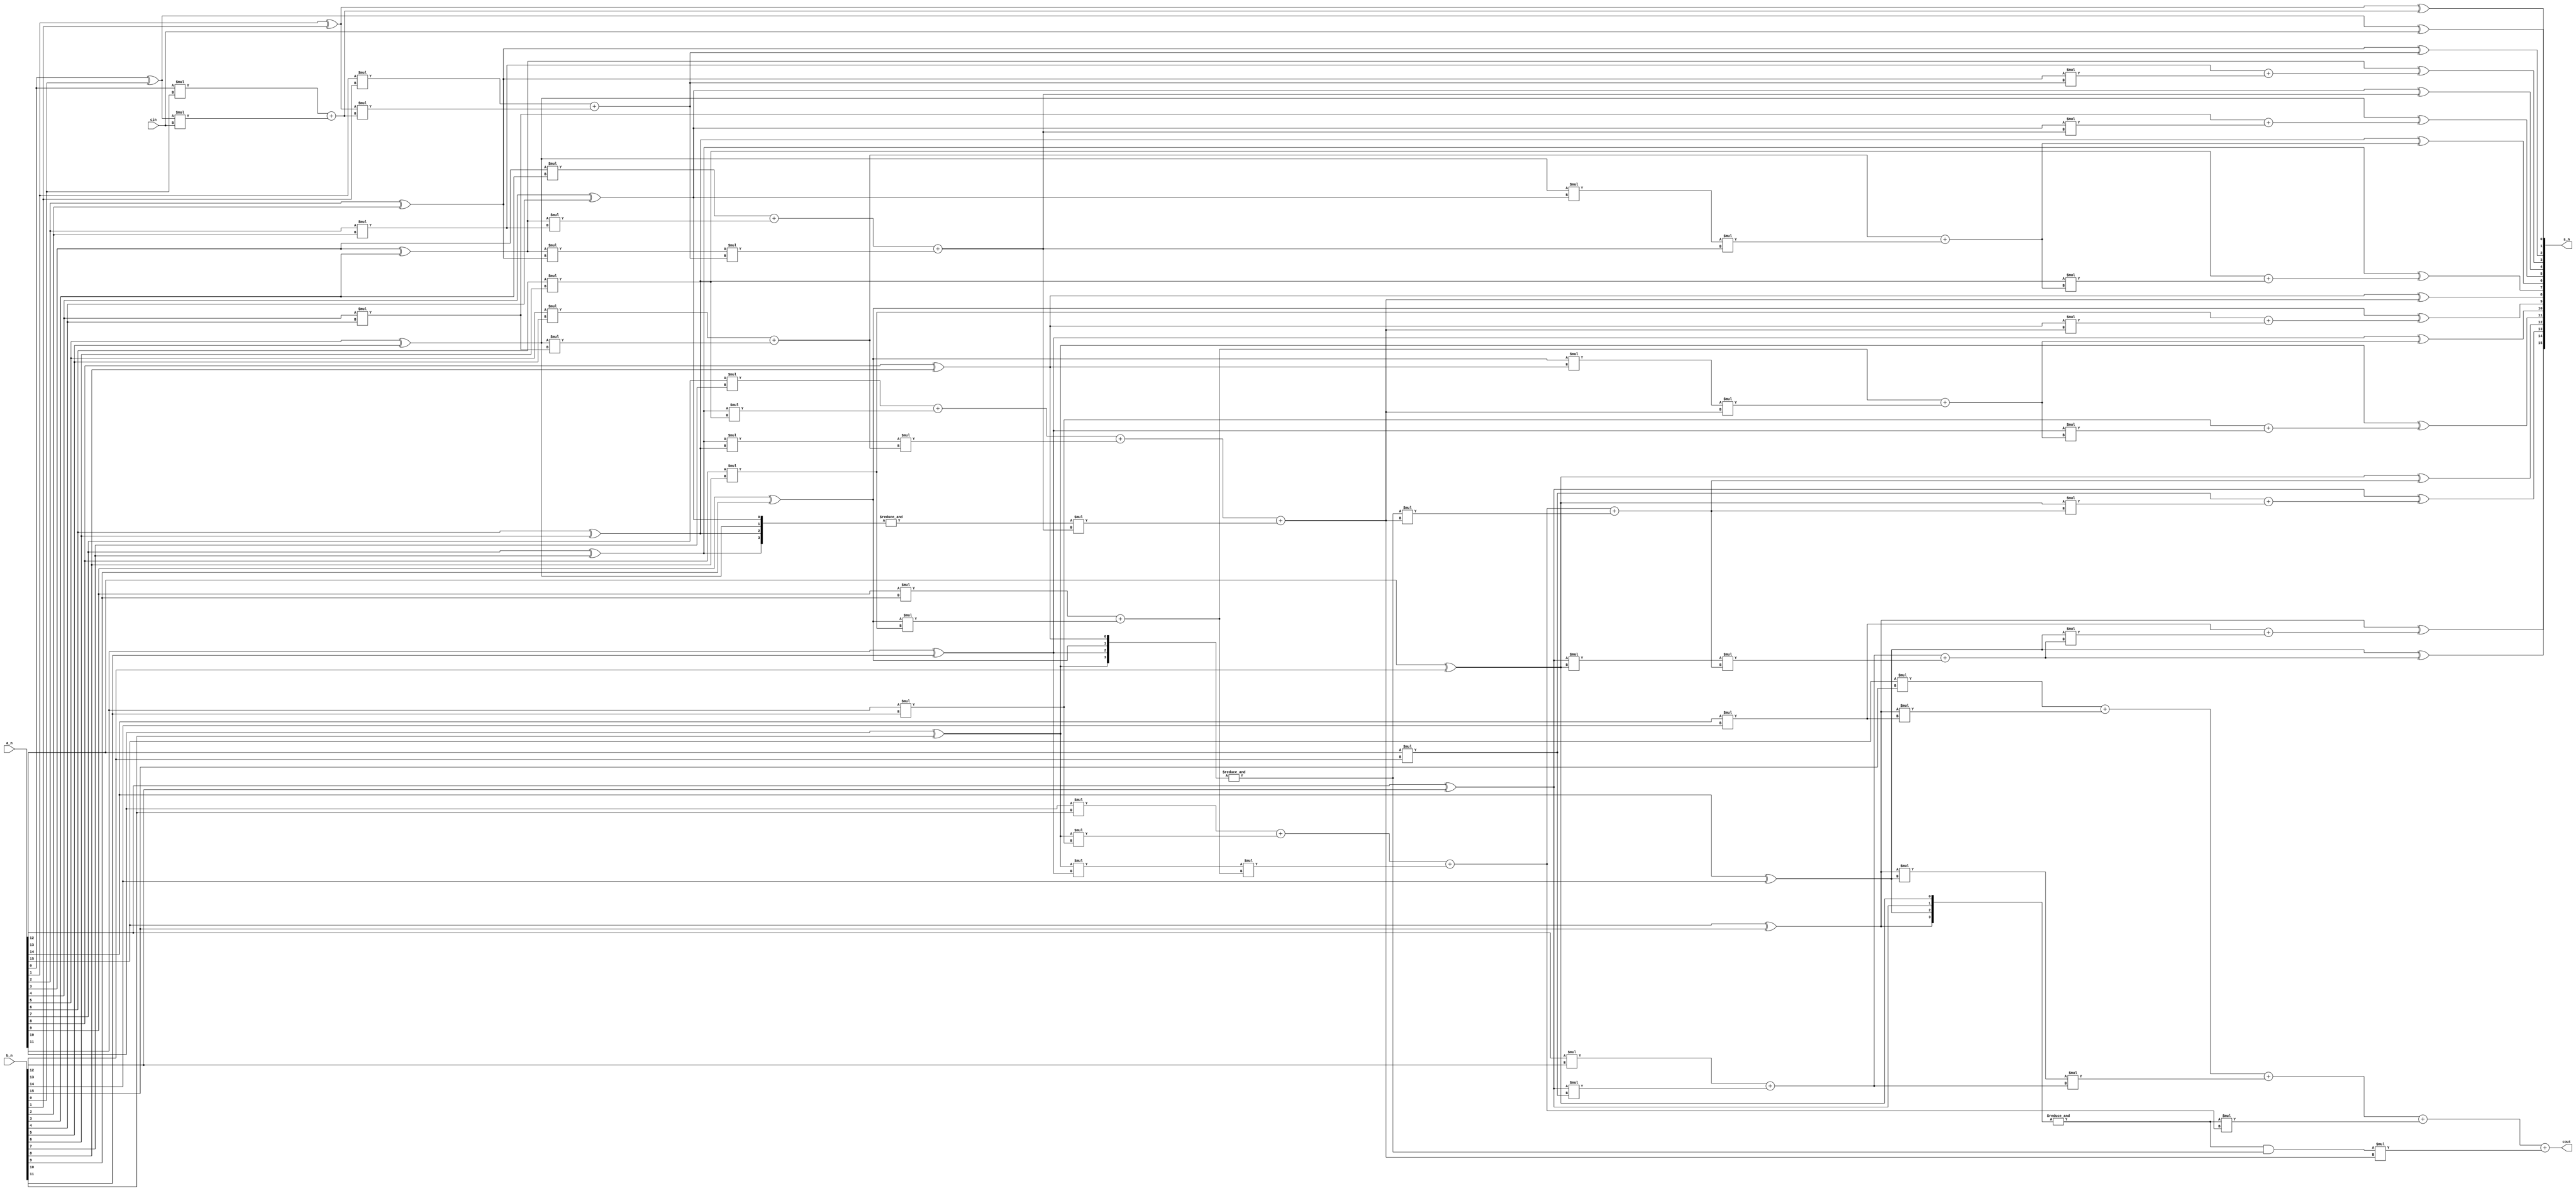
module BKadder_16
#(parameter width = 16)
(
    input [width-1 :0] a_n,
    input [width-1:0] b_n,
    input cin,
    output [width-1:0] s_n,
    output cout
);
genvar i;
wire [width-1:0] g;
wire [width-1:0] p;

//PG
wire gij15_14;//gij
wire gij15_12;//gij
wire gij15_8;//gij

wire gij13_12;//gij

wire gij11_10;//gij
wire gij11_8;//gij

wire gij9_8;//gij

wire gij7_6;//gij
wire gij7_4;//gij

wire gij5_4;//gij
wire gij3_2;//gij

wire gij2_1;

wire [width:0] c;//gij


wire pij15_14;//gij
wire pij15_12;//gij
wire pij15_8;//gij

wire pij13_12;//gij

wire pij11_10;//gij
wire pij11_8;//gij

wire pij9_8;//gij

wire pij7_6;//gij
wire pij7_4;//gij

wire pij5_4;//gij
wire pij3_2;//gij

//cin
for (i = 0;i<width;i = i+1) begin
    assign p[i] = a_n[i] ^b_n[i];
    assign g[i] = a_n[i] *b_n[i];
end
assign gij1_0    = g[1 ] +  p[1 ] *g[0 ];
assign gij3_2    = g[3 ] +  p[3 ] *g[2 ];
assign gij5_4    = g[5 ] +  p[5 ] *g[4 ];
assign gij7_6    = g[7 ] +  p[7 ] *g[6 ];
assign gij9_8    = g[9 ] +  p[9 ] *g[8 ];
assign gij11_10  = g[11] + p[11]*g[10];
assign gij13_12  = g[13] + p[13]*g[12];
assign gij15_14  = g[15] + p[15]*g[14];

assign pij1_0    =   p[1 ] * p[0  ];
assign pij3_2    =   p[3 ] * p[2  ];
assign pij5_4    =   p[5 ] * p[4  ];
assign pij7_6    =   p[7 ] * p[6  ];
assign pij9_8    =   p[9 ] * p[8  ];
assign pij11_10  = p[11] *p[10 ];
assign pij13_12  = p[13] *p[12 ];
assign pij15_14  = p[15] *p[14 ];

assign gij3_0    = gij3_2  +  pij3_2  *  gij1_0;
assign gij7_4    = gij7_6 +  pij7_6  *  gij5_4;
assign gij11_8  = gij11_10  +  pij11_10  *  gij9_8;
assign gij15_12= gij15_14  +  pij15_14  *  gij13_12;

assign pij3_0    =     &p[3 :0 ];
assign pij7_4    =     &p[7 :4 ];
assign pij11_8    =   &p[11:8 ];
assign pij15_12   =  &p[15:12];

assign gij7_0 = gij7_4 + pij7_4 * gij3_0;
assign gij15_8 = gij15_12 + pij15_12 * gij11_8;

assign pij15_8 = pij15_12 & pij11_8;
assign gij15_0 = gij15_8 + pij15_8 * gij7_0;

//cin     
assign c[0] = cin;

assign c[1] = g[0]+ p[0] * c[0];
assign c[2] =  g[1]  + p[1]  * c[1];
assign c[4]  = gij3_2  + pij3_2  * c[2];
assign c[8]  = gij7_4  + pij7_4  * c[4];
assign c[16]  = gij15_8  + pij15_8  * c[8];

assign c[12] = gij11_8 +pij11_8 *c[8];

assign c[6] = gij5_4 +pij5_4 *c[4];
assign c[10] = gij9_8 + pij9_8 *c[8];
assign c[14] = gij13_12 + pij13_12 *c[12];

assign c[3  ] =  g[2 ]  + p[2 ]  * c[2];
assign c[5  ] =  g[4 ]  + p[4 ]  * c[4  ];
assign c[7  ] =  g[6 ]  + p[6 ]  * c[6  ];
assign c[9  ] =  g[8 ]  + p[8 ]  * c[8  ];
assign c[11 ] =  g[10]  + p[10]  * c[10 ];
assign c[13 ] =  g[12]  + p[12]  * c[12 ];
assign c[15 ] =  g[14]  + p[14]  * c[14 ];

assign cout = c[16];
genvar k;  
for( k=0; k<width; k=k+1) begin
    assign s_n[k] = p[k] ^ c[k];
end        
endmodule